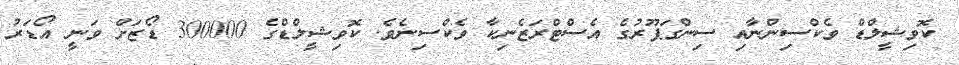
ކޮވިޝީލްޑް ވެކްސިންނާއި ސިންގަޕޫރުގެ އެސްޓްރަޒެނިކާ ވެކްސިނެވެ. ކޮވިޝީލްޑްގެ 300000 ޑޯޒަށް ވަނީ އޯޑަރު